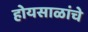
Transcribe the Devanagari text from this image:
होयसाळांचे